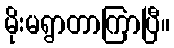
မိုးမရွာတာကြာပြီ။